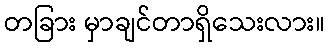
တခြား မှာချင်တာရှိသေးလား။